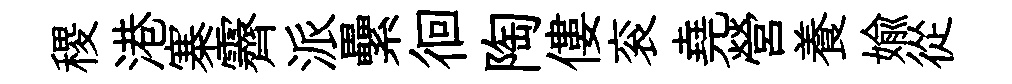
稷港寨霽派纍徊陶僂衮堯營養媮從